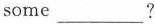
some___?